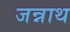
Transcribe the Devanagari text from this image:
जन्नाथ